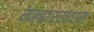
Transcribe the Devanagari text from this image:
मल्हाररावास